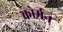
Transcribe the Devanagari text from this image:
कोर्मन